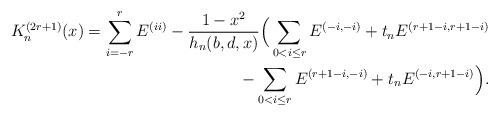
LaTeX: \begin{align*}K^{(2r+1)}_n (x)=\sum_{i=-r}^{r}E^{(ii)}-\frac{1-x^2}{h_n(b,d,x)}\Big(\sum_{0 < i \leq r}E^{(-i,-i)}+t_nE^{(r+1-i,r+1-i)}\\{}-\sum_{0 < i \leq r}E^{(r+1-i,-i)}+t_nE^{(-i,r+1-i)}\Big).\end{align*}